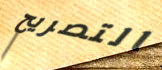
التصريح